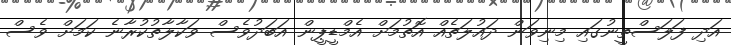
އަދި ފަލަސްތީނުގައި މިނިވަން ދައުލަތެއް އޮތުމަށް އެމްޑީޕީން އަބަދުވެސް ވަކާލާތުކުރާނެ ކަމަށް ވެސް